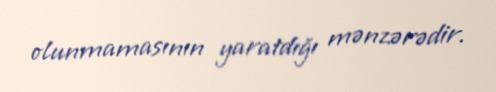
olunmamasının yaratdığı mənzərədir.